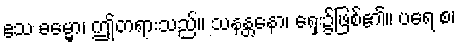
ဧသ ဓမ္မော၊ ဤတရားသည်။ သနန္တနော၊ ရှေး၌ဖြစ်၏။ ပရေ စ၊